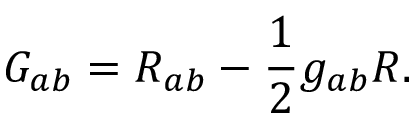
G _ { a b } = R _ { a b } - \frac { 1 } { 2 } g _ { a b } R .